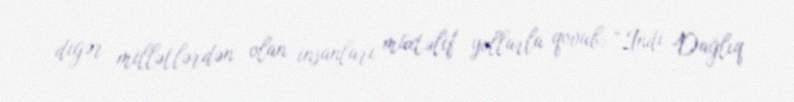
digər millətlərdən olan insanları müxtəlif yollarla qovub: “İndi Dağlıq